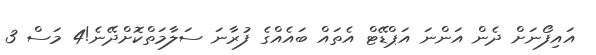
އައިފޯނަށް ދެން އަންނަ އަޕްޑޭޓް އެތައް ބައެއްގެ ފުރާނަ ސަލާމަތްކޮށްދޭނެ!4 މަސް 3